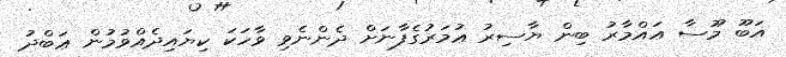
އަބޫ މޫސާ ޢައްމާރު ބިން ޔާސިރު ޢުމަރުގެފާނަށް ދެންނެވި ވާހަކަ ކިޔައިދެއްވުމުން ޢަބްދު